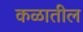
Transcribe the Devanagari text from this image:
कळातील